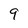
Character: 9